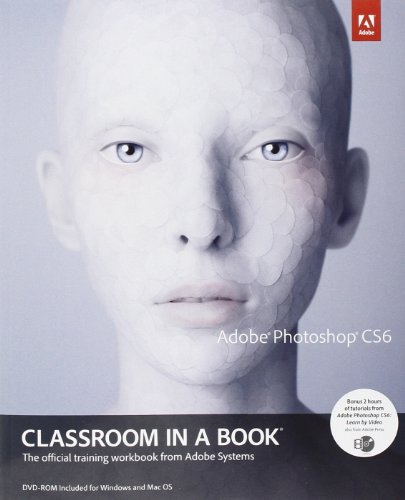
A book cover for Adobe Photoshop CS6 Classroom in a Book; Adobe Creative Team; Computers & Technology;